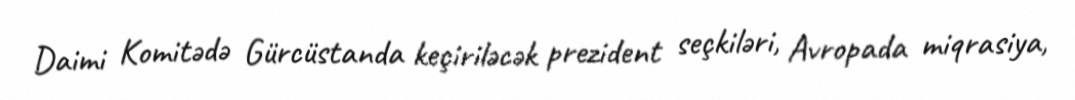
Daimi Komitədə Gürcüstanda keçiriləcək prezident seçkiləri, Avropada miqrasiya,